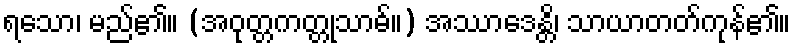
ရသော၊ မည်၏။ (အဝုတ္တကတ္တုသာဓ်။) အဿာဒေန္တိ၊ သာယာတတ်ကုန်၏။